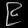
Digit: ၉